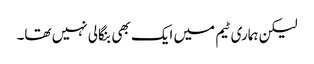
لیکن ہماری ٹیم میں ایک بھی بنگالی نہیں تھا۔